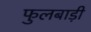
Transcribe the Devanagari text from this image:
फुलबाड़ी